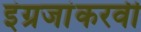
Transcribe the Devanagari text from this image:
इंग्रजांकरवी